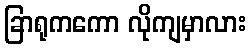
ခြာရုကကော လိုကျမှာလား